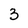
Character: 3